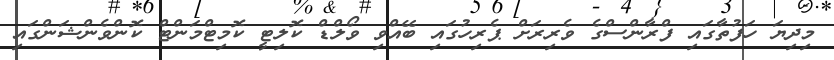
މިދިޔަ ހަފުތާގައި ފްރާންސްގެ ވެރިރަށް ޕެރިހުގައި ބޭއްވި ވޯލްޑް ކޮލިޓީ ކޮމިޓްމަންޓް ކޮންވެންޝަންގައި